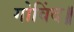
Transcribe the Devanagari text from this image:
गोविंद॥